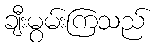
ချီးမွမ်းကြသည်